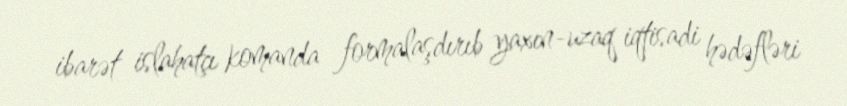
ibarət islahatçı komanda formalaşdırıb yaxın-uzaq iqtisadi hədəfləri